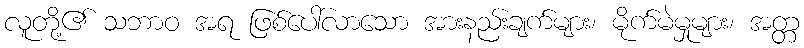
လူတို့၏ သဘာဝ အရ ဖြစ်ပေါ်လာသော အားနည်းချက်များ၊ မိုက်မဲမှုများ၊ အတ္တ